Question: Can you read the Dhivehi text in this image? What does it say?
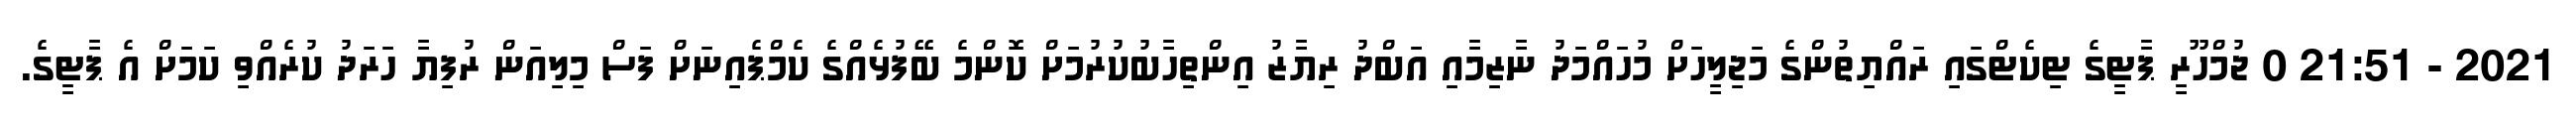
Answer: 2021 - 21:51 0 ޖުމްހޫރީ ޕާޓީގެ ޓިކެޓްގައި ރައްޔިތުންގެ މަޖިލީހަށް މުހައްމަދު ނާޒިމާއި އަބްދު ރިޔާޒު އިންތިހާބުކުރުމަށް ކޮންމެ ބޭފުޅެއްގެ ކެމްޕެއިނަށް ފަސް މިލިއަން ރުފިޔާ ހަރަދު ކުރެއްވި ކަމަށް އެ ޕާޓީގެ.